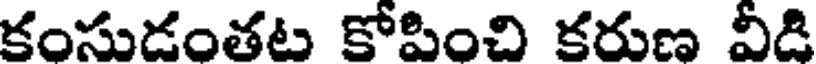
కంసుడంతట కోపించి కరుణ వీడి